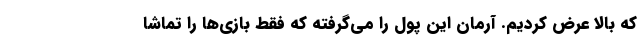
که بالا عرض کردیم. آرمان این پول را می‌گرفته که فقط بازی‌ها را تماشا